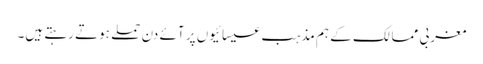
مغربی ممالک کے ہم مذہب عیسائیوں پر آئے دن حملے ہوتے رہتے ہیں۔